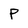
Character: P